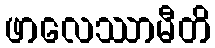
ဖာလေဿာမီတိ